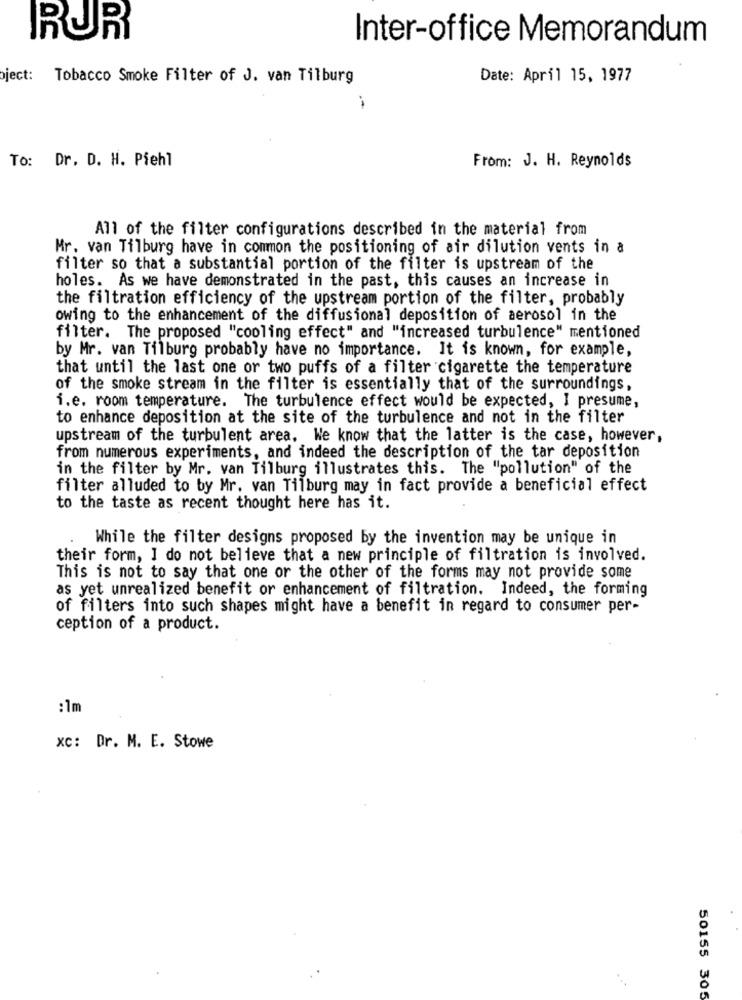
RUR
Inter-office Memorandum
ject: Tobacco Smoke Filter of J. van Tilburg
Date: April 15, 1977
To: Dr. D. H. Piehl
From: J. H. Reynolds
All of the filter configurations described in the material from
Mr. van Tilburg have in common the positioning of air dilution vents in a
filter so that a substantial portion of the filter is upstream of the
holes. As we have demonstrated in the past, this causes an increase in
the filtration efficiency of the upstream portion of the filter, probably
owing to the enhancement of the diffusional deposition of aerosol in the
filter. The proposed "cooling effect" and "increased turbulence" mentioned
by Mr. van Tilburg probably have no importance. It is known, for example,
that until the last one or two puffs of a filter cigarette the temperature
of the smoke stream in the filter is essentially that of the surroundings,
i.e. room temperature. The turbulence effect would be expected, I presume,
to enhance deposition at the site of the turbulence and not in the filter
upstream of the turbulent area. We know that the latter is the case, however,
from numerous experiments, and indeed the description of the tar deposition
in the filter by Mr. van Tilburg illustrates this. The "pollution" of the
filter alluded to by Mr. van Tilburg may in fact provide a beneficial effect
to the taste as recent thought here has it.
While the filter designs proposed by the invention may be unique in
their form, I do not believe that a new principle of filtration is involved.
This is not to say that one or the other of the forms may not provide some
as yet unrealized benefit or enhancement of filtration. Indeed, the forming
of filters into such shapes might have a benefit in regard to consumer per-
ception of a product.
:1m
xc: Dr. M. E. Stowe
50155 305